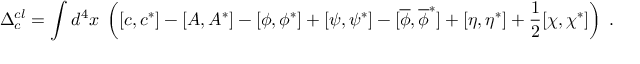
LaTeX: \Delta _ { c } ^ { c l } = \int d ^ { 4 } x \; \left( [ c , c ^ { * } ] - [ A , A ^ { * } ] - [ \phi , \phi ^ { * } ] + [ \psi , \psi ^ { * } ] - [ \overline { { { \phi } } } , \overline { { { \phi } } } ^ { * } ] + [ \eta , \eta ^ { * } ] + \frac 1 2 [ \chi , \chi ^ { * } ] \right) \; .